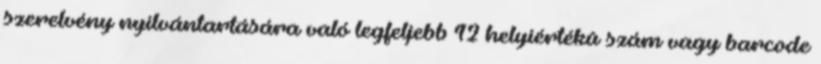
szerelvény nyilvántartására való legfeljebb 12 helyiértékû szám vagy barcode